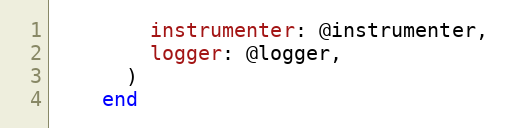
Language: Ruby
        instrumenter: @instrumenter,
        logger: @logger,
      )
    end